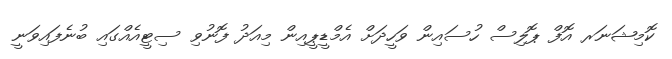
ކޮމިޝަނަރ އޮފް ޕޮލިސް ހުސައިން ވަހީދަށް އެމްޑީޕީއިން މިއަދު ފޮނުވި ސިޓީއެއްގައި ބުނެފައިވަނީ